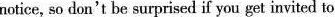
notice, so don't be surprised if you get invited to